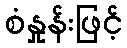
စံနှုန်းဖြင့်